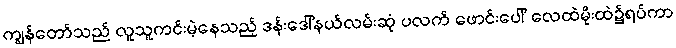
ကျွန်တော်သည် လူသူကင်းမဲ့နေသည့် ဒန်းဒေါ်နယ်လမ်းဆုံ ပလက် ဖောင်းပေါ် လေထဲမိုးထဲ၌ရပ်ကာ